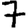
Digit: 7